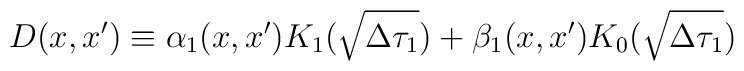
D(x,x') \equiv  \alpha_1(x,x')K_1(\sqrt{\Delta\tau_1})+\beta_1(x,x')    K_0(\sqrt{\Delta\tau_1})